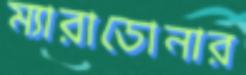
ম্যারাডোনার